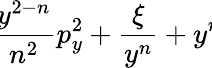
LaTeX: \! \! \frac{y^{2-n}}{n^{2}}p_{y}^{2}+\frac{\xi}{y^{n}}+y^{n}\! \!